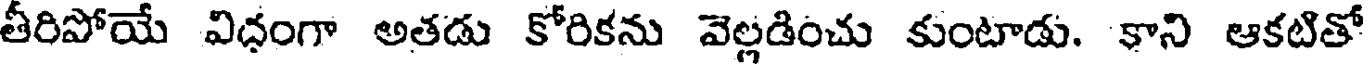
తీరిపోయే విధంగా అతడు కోరికను వెల్లడించు కుంటాడు. కాని ఆకటితో